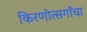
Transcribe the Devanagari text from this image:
किरणोत्सर्गांचा